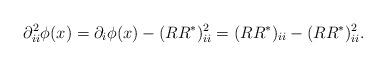
LaTeX: \begin{align*} \partial^2_{ii} \phi(x) = \partial_i \phi(x) - (R R^\ast)^2_{ii} = (R R^\ast)_{ii} - (R R^\ast)^2_{ii}.\end{align*}